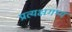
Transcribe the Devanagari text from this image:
प्रत्यक्षगम्य